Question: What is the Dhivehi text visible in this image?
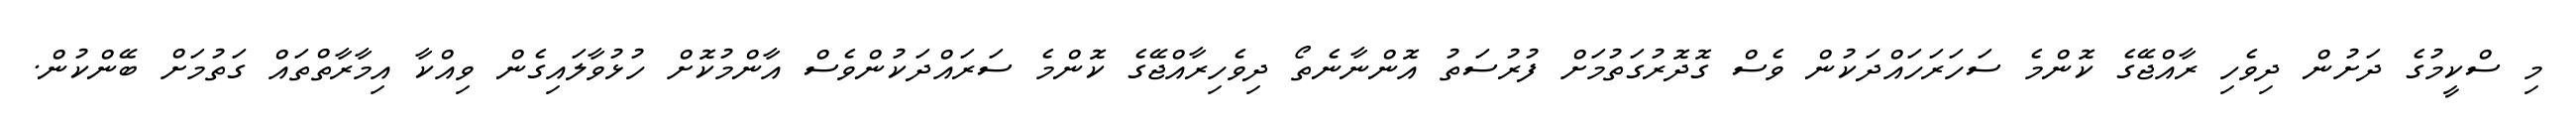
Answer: މި ސްކީމުގެ ދަށުން ދިވެހި ރާއްޖޭގެ ކޮންމެ ސަހަރަހައްދަކުން ވެސް ގޮދޮރުގަތުމަށް ފުރުސަތު އޮންނާނެތޯ ދިވެހިރާއްޖޭގެ ކޮންމެ ސަރައްދަކުންވެސް އާންމުކޮށް ހުޅުވާލައިގެން ވިއްކާ އިމާރާތްތައް ގަތުމަށް ބޭންކުން.